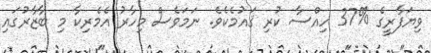
ވިޔަފާރީގެ %37 ހިއްސާ ކުރި ޤައުމެކެވެ. ނަމަވެސް މިހާރު އެމެރިކާ މި ބާޒާރުގައި